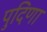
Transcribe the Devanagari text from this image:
पुदिणा